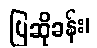
ပြဆိုခန်း၊